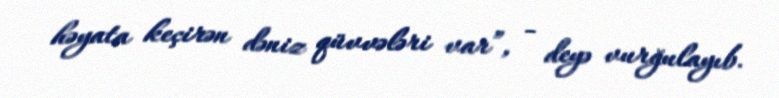
həyata keçirən dəniz qüvvələri var”, - deyə vurğulayıb.